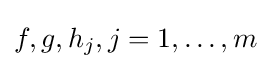
f,g,h_{j},j=1,\ldots ,m